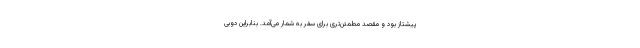
پیشتاز بود و مقصد مطمئن‌تری برای سفر به شمار می‌آمد. بنابراین دوبی